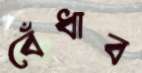
বেঁধাব